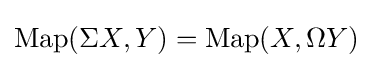
\operatorname {Map} (\Sigma X,Y)=\operatorname {Map} (X,\Omega Y)